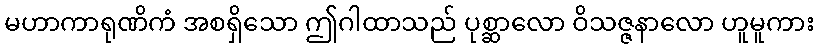
မဟာကာရုဏိကံ အစရှိသော ဤဂါထာသည် ပုစ္ဆာလော ဝိသဇ္ဇနာလော ဟူမူကား